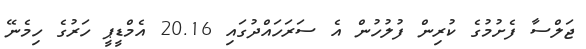
ޖަލްސާ ފެށުމުގެ ކުރިން ފުލުހުން އެ ސަރަހައްދުގައި 20.16 އެމްޑީޕީ ހަރުގެ ހިމެނޭ